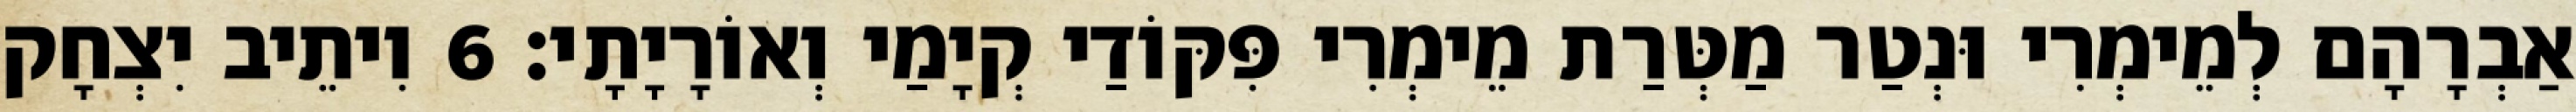
אַבְרָהָם לְמֵימְרִי וּנְטַר מַטְּרַת מֵימְרִי פִּקּוֹדַי קְיָמַי וְאוֹרָיָתָי׃ 6 וִיתֵיב יִצְחָק